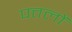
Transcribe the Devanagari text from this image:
पत्तलों